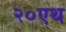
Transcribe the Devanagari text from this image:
२०एथ